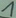
Text: 1